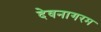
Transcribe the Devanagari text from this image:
देवनागरम